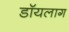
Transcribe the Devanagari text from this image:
डॉयलाग